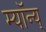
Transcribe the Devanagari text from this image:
म्यॉन्य्